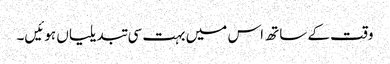
وقت کے ساتھ اس میں بہت سی تبدیلیاں ہوئیں۔